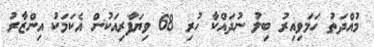
މުއްދަތު ހަމަވިއިރު ބިލު ނުދައްކާ ހުރި 68 ވިޔަފާރިއަކުން އެކަމަކު އިންޒާރު